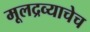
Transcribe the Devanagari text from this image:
मूलद्रव्याचेच